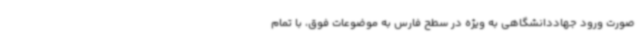
صورت ورود جهاددانشگاهی به ویژه در سطح فارس به موضوعات فوق، با تمام